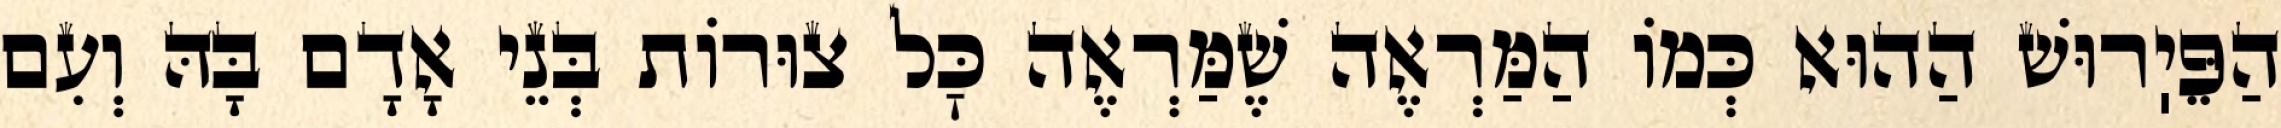
הַפֵּיֽרוּשׁ הַהוּא כְּמוֹ הַמַּרְאֶה שֶׁמַּרְאֶה כׇּל צוּרוֹת בְּנֵי אָדָם בָּהּ וְעִם